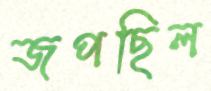
জপছিল